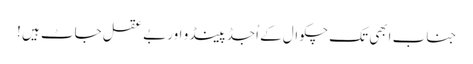
جناب ابھی تک چکوال کے اُجڈ پینڈو اور بے عقل جاٹ ہیں !